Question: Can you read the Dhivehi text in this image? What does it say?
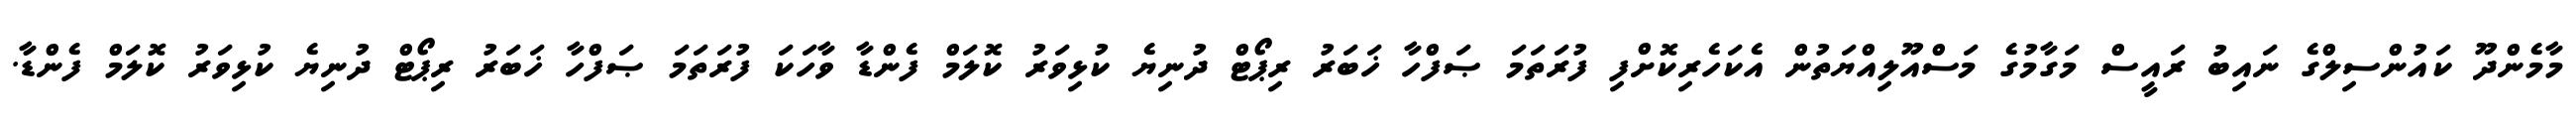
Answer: މާމެންދޫ ކައުންސިލްގެ ނައިބު ރައީސް މަގާމުގެ މަސްއޫލިއްޔަތުން އެކަހެރިކޮށްފި ފުރަތަމަ ޞަފްހާ ޚަބަރު ރިޕޯޓް ދުނިޔެ ކުޅިވަރު ކޮލަމް ފެންޑާ ވާހަކަ ފުރަތަމަ ޞަފްހާ ޚަބަރު ރިޕޯޓް ދުނިޔެ ކުޅިވަރު ކޮލަމް ފެންޑާ.